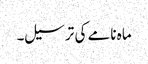
ماہ نامے کی ترسیل۔